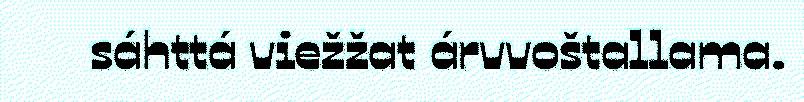
sáhttá viežžat árvvoštallama.